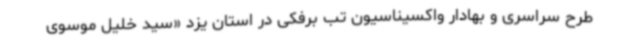
طرح سراسری و بهادار واکسیناسیون تب برفکی در استان یزد «سید خلیل موسوی